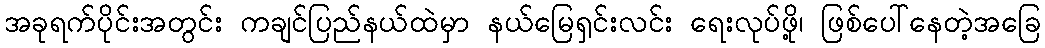
အခုရက်ပိုင်းအတွင်း ကချင်ပြည်နယ်ထဲမှာ နယ်မြေရှင်းလင်း ရေးလုပ်ဖို့၊ ဖြစ်ပေါ်နေတဲ့အခြေ